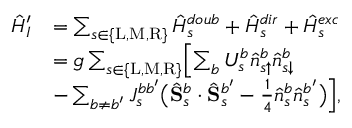
\begin{array} { r l } { \hat { H } _ { I } ^ { \prime } } & { = \sum _ { s \in \{ \mathrm { L } , \mathrm { M } , \mathrm { R } \} } \hat { H } _ { s } ^ { d o u b } + \hat { H } _ { s } ^ { d i r } + \hat { H } _ { s } ^ { e x c } } \\ & { = g \sum _ { s \in \{ \mathrm { L } , \mathrm { M } , \mathrm { R } \} } \Bigl [ \sum _ { b } U _ { s } ^ { b } \hat { n } _ { s \uparrow } ^ { b } \hat { n } _ { s \downarrow } ^ { b } } \\ & { - \sum _ { b \neq b ^ { \prime } } J _ { s } ^ { b b ^ { \prime } } \bigl ( \hat { \mathbf { S } } _ { s } ^ { b } \cdot \hat { \mathbf { S } } _ { s } ^ { b ^ { \prime } } - \frac { 1 } { 4 } \hat { n } _ { s } ^ { b } \hat { n } _ { s } ^ { b ^ { \prime } } \bigr ) \Bigr ] , } \end{array}